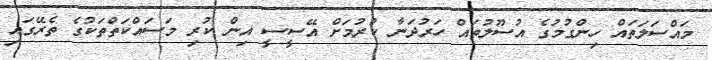
މައްސަލަތައް ހިންގުމުގެ އުސޫލުތައް ހަރުދަނާ ކުރުމަށް އޭސީސީ އިން ކުރި މަސައްކަތްތަކުގެ ތެރޭގައި